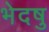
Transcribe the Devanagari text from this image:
भेदषु